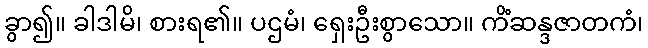
ခွာ၍။ ခါဒါမိ၊ စားရ၏။ ပဌမံ၊ ရှေးဦးစွာသော။ ကိံဆန္ဒဇာတကံ၊